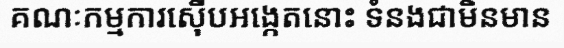
គណៈកម្មការស៊ើបអង្កេតនោះ ទំនងជាមិនមាន